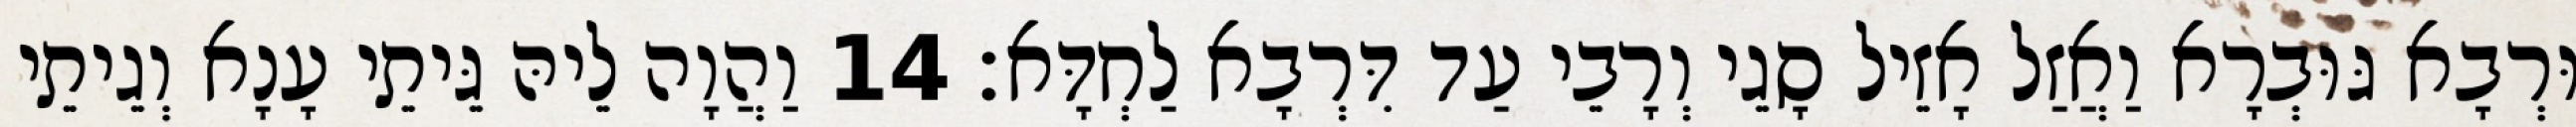
וּרְבָא גּוּבְרָא וַאֲזַל אָזֵיל סָגֵי וְרָבֵי עַד דִּרְבָא לַחְדָּא׃ 14 וַהֲוָה לֵיהּ גֵּיתֵי עָנָא וְגֵיתֵי